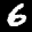
Label: 6